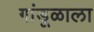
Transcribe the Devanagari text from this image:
गांडूळाला